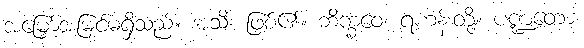
အမြှော်အမြင်မရှိသည်။ အသိ၊ ဖြစ်၏။ ဘိက္ခဝေ၊ ရဟန်းတို့။ ပဏ္ဍတော၊